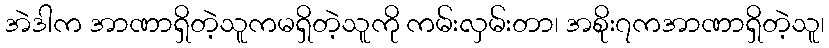
အဲဒါက အာဏာရှိတဲ့သူကမရှိတဲ့သူကို ကမ်းလှမ်းတာ၊ အစိုး၇ကအာဏာရှိတဲ့သူ၊